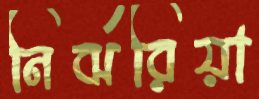
নির্ঝরিয়া